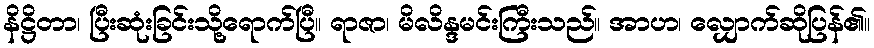
နိဋ္ဌိတာ၊ ပြီးဆုံးခြင်းသို့ရောက်ပြီ။ ရာဇာ၊ မိလိန္ဒမင်းကြီးသည်။ အာဟ၊ လျှောက်ဆိုပြန်၏။